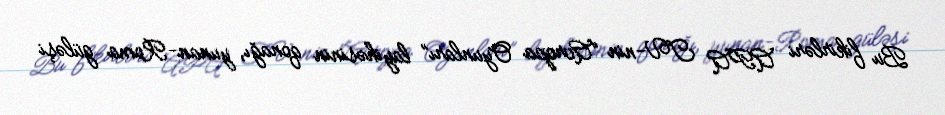
Bu fikirləri APA TV-nin “Avropa Oyunları” layihəsinin qonağı, yunan-Roma güləşi